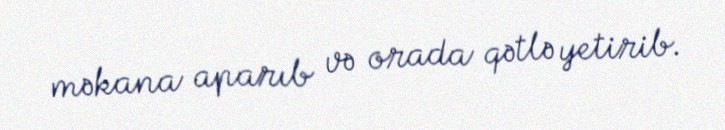
məkana aparıb və orada qətlə yetirib.